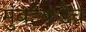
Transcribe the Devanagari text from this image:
मुंबईकडेच